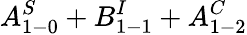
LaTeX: A_{1-0}^{S}+B_{1-1}^{I}+A_{1-2}^{C}